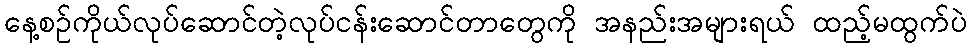
နေ့စဉ်ကိုယ်လုပ်ဆောင်တဲ့လုပ်ငန်းဆောင်တာတွေကို အနည်းအများရယ် ထည့်မထွက်ပဲ